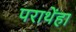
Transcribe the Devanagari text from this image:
पराथेंहा